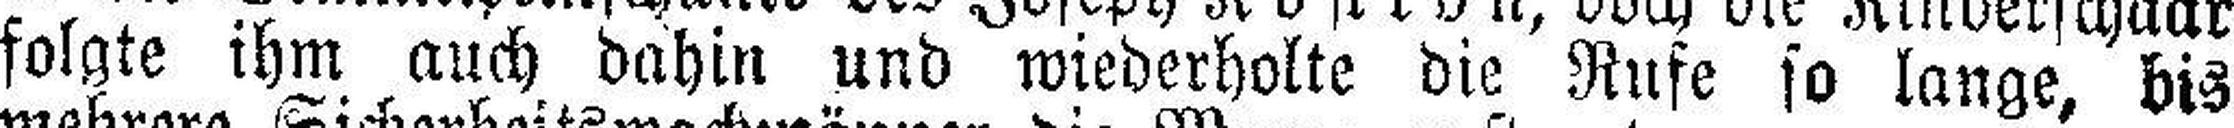
folgte ihm auch dahin und wiederholte die Rufe so lange, bis